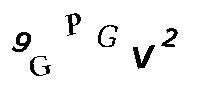
9GPGV2